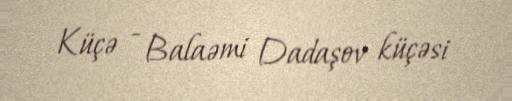
Küçə - Balaəmi Dadaşov küçəsi